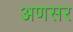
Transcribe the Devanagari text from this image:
अणसर